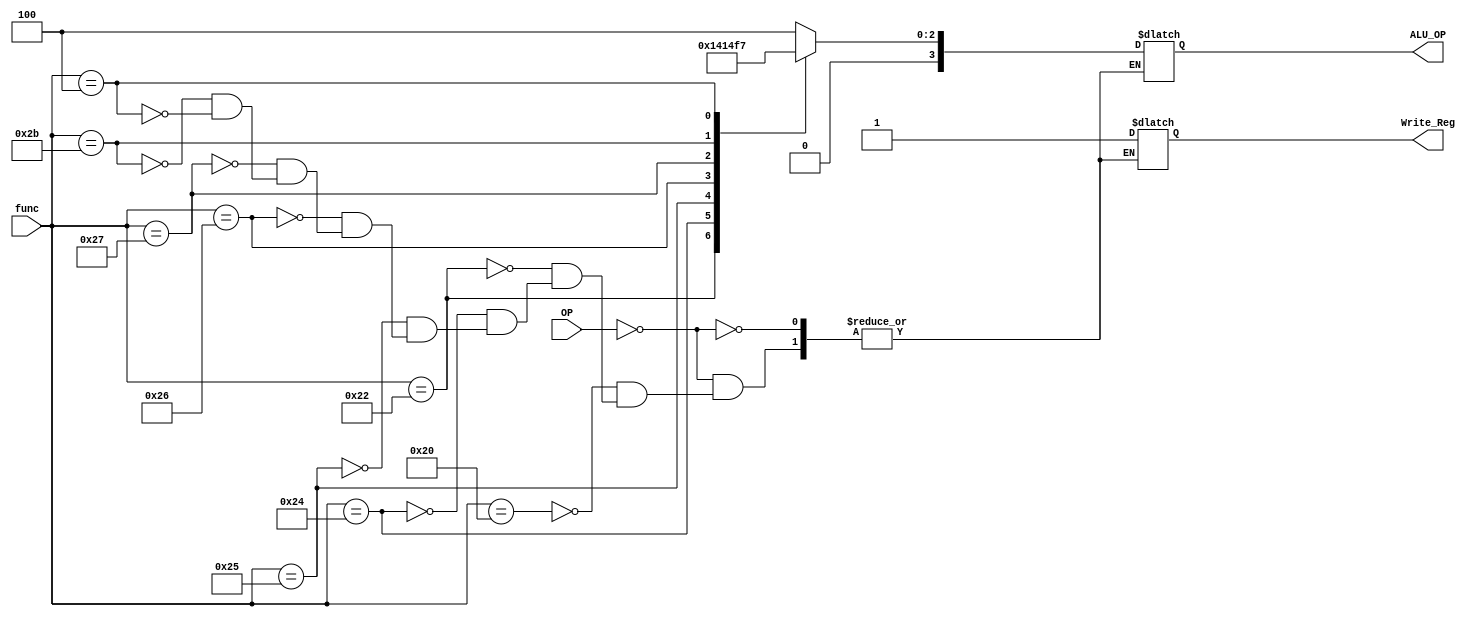
`timescale 1ns / 1ps
module Instruction_Decoder(
    input[5:0] OP,func,
    output reg[3:0] ALU_OP,
    output reg Write_Reg
    );
    
    always @(*)
        begin
            case(OP)
                6'b000000:
                    begin
                        case(func)
                            6'b100000:
                                begin
                                    ALU_OP <= 4'b0100;
                                    Write_Reg <= 1;
                                end
                            6'b100010:
                                begin
                                    ALU_OP <= 4'b0101;
                                    Write_Reg <= 1;
                                end
                            6'b100100:
                                begin
                                    ALU_OP <= 4'b0000;
                                    Write_Reg <= 1;
                                end
                            6'b100101:
                                begin
                                    ALU_OP <= 4'b0001;
                                    Write_Reg <= 1;
                                end
                            6'b100110:
                                begin
                                    ALU_OP <= 4'b0010;
                                    Write_Reg <= 1;
                                end
                            6'b100111:
                                begin
                                    ALU_OP <= 4'b0011;
                                    Write_Reg <= 1;
                                end
                            6'b101011:
                                begin
                                    ALU_OP <= 4'b0110;
                                    Write_Reg <= 1;
                                end
                            6'b000100:
                                begin
                                    ALU_OP <= 4'b0111;
                                    Write_Reg <= 1;
                                end
                        endcase
                    end
            endcase
        end
endmodule